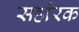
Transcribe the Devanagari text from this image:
सहांरक